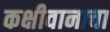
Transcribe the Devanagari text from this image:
कक्षीवानाचा